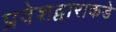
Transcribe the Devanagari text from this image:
प्रवेशद्वाराकडे